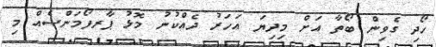
ހޯދި ގެވިން ބޯތާ އަށް މިދިޔަ އަހަރު ދެއްކުނު މޮޅު ޕާރފޯމަންސެއް މި